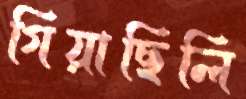
গিয়াছিলি